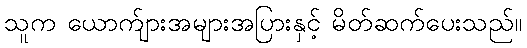
သူက ယောက်ျားအများအပြားနှင့် မိတ်ဆက်ပေးသည်။